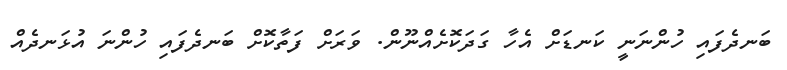
ބަނދެފައި ހުންނަނީ ކަނޑަށް އެހާ ގަދަކޮށެއްނޫން. ވަރަށް ފަތާކޮށް ބަނދެފައި ހުންނަ އުޅަނދެއް